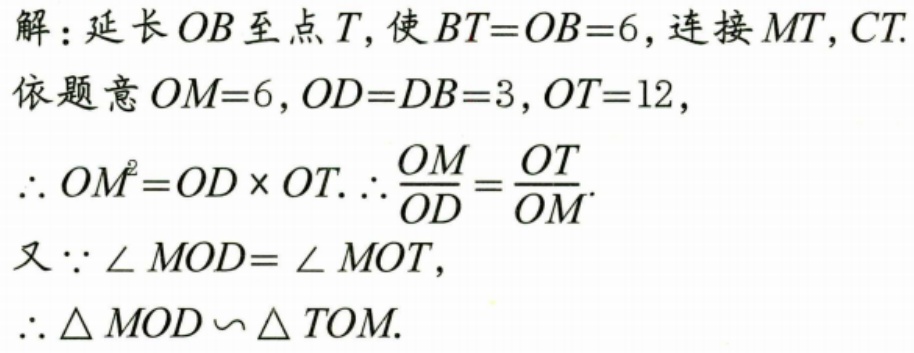
解：延长\(OB\)至点\(T\)，使\(BT = OB = 6\)，连接\(MT,CT\).
依题意\(OM = 6\)，\(OD = DB = 3\)，\(OT = 12\)，
\(\therefore OM^{2}=OD\times OT.\ \therefore\frac{OM}{OD}=\frac{OT}{OM}\).
又\(\because\angle MOD=\angle MOT\)，
\(\therefore\triangle MOD\backsim\triangle TOM\).